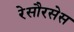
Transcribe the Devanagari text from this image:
रेसौरसेस